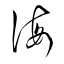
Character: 誨